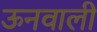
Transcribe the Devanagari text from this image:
ऊनवाली